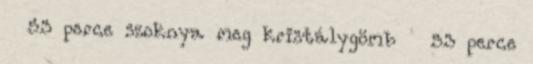
53 perce szoknya meg kristálygömb 53 perce